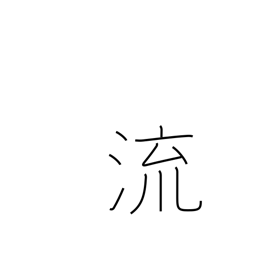
Meaning: a sink